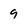
Character: 9